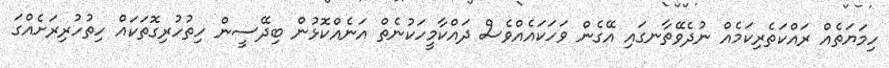
ހިމަޔަތެއް ރައްކަތެރިކަމެއް ނުދެވޭތާނގައި އޭގެން ވަހަކައެއްވެސް ދައްކާމީހަކުނެތް އަނެއްކޮޅުން ބިދޭސީން ހިތުހުރިގޮތަކައް ހިތުހުރިރަށެއްގަ